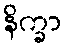
နိက္ခာ